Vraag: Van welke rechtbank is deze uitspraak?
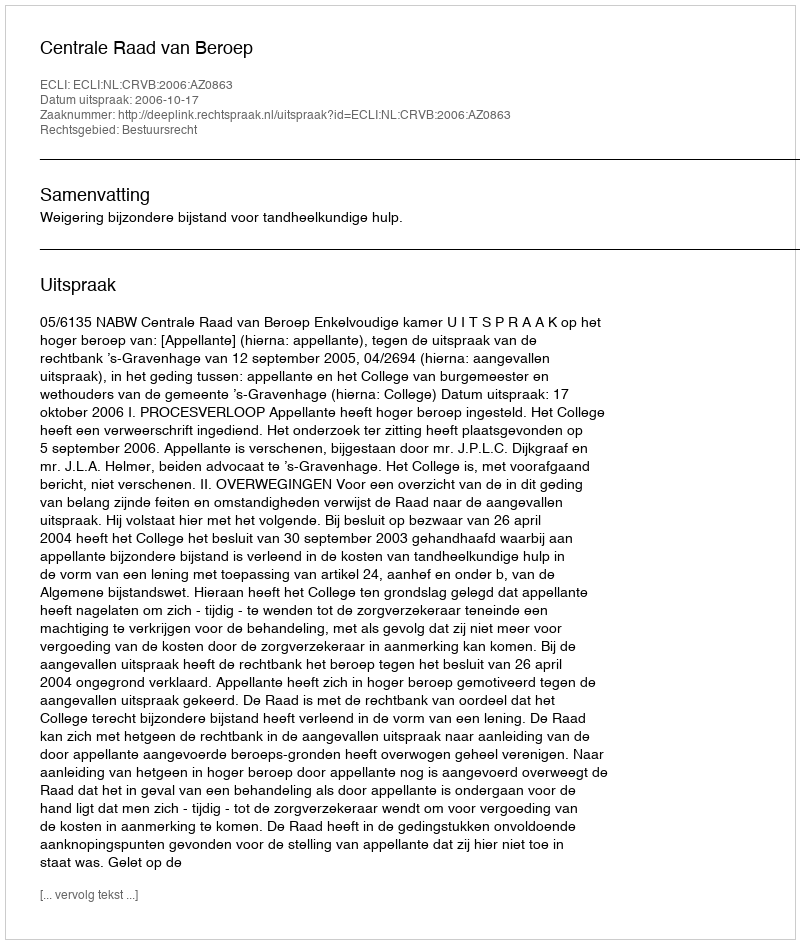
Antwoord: Centrale Raad van Beroep